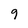
Character: 9